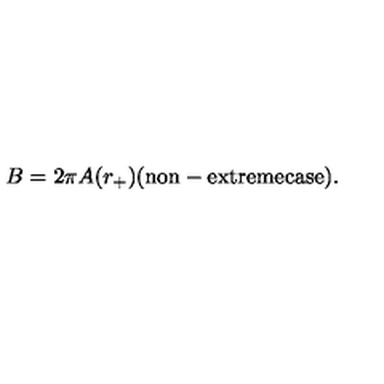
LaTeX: B = 2 \pi A ( r _ { + } ) \mathrm { ( n o n - e x t r e m e c a s e ) } .